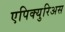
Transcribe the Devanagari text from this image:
एपिक्युरिअस